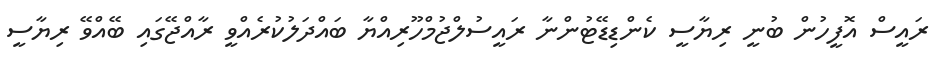
ރައީސް އޮފީހުން ބުނީ ރިޔާސީ ކެންޑިޑޭޓުންނާ ރައީސުލްޖުމްހޫރިއްޔާ ބައްދަލުކުރެއްވީ ރާއްޖޭގައި ބޭއްވޭ ރިޔާސީ